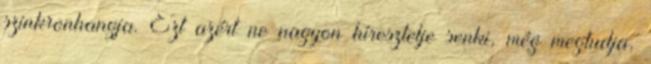
szinkronhangja. Ezt azért ne nagyon híresztelje senki, még megtudja,